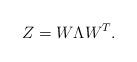
LaTeX: \begin{align*}Z=W\Lambda W^{T}.\end{align*}